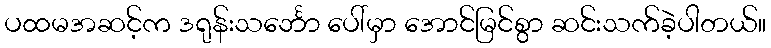
ပထမအဆင့်က ဒရုန်းသင်္ဘော ပေါ်မှာ အောင်မြင်စွာ ဆင်းသက်ခဲ့ပါတယ်။